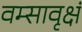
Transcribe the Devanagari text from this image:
वम्सावृक्षं